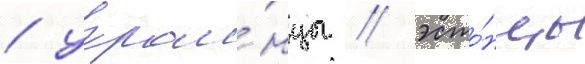
/ украи́нцы / эсто́нцы